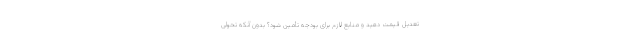
تعدیل قیمت دهید و منابع لازم برای بودجه تأمین شود؟ بدون آنکه تحولی